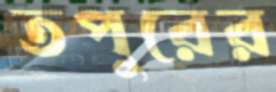
তপুরের